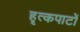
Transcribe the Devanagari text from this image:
हृत्कपाटों